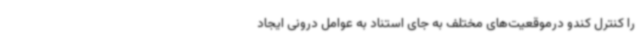
را کنترل کندو درموقعیت‌های مختلف به جای استناد به عوامل درونی ایجاد